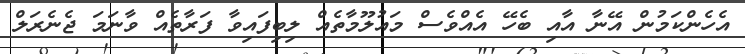
އެހެންކަމުން އޭނާ އާއި ބެހޭ އެއްވެސް މައުލޫމާތެއް ލިބިފައިވާ ފަރާތެއް ވާނަމަ ޖެނެރަލް